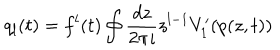
LaTeX: q _ { l } ( t ) = f ^ { l } ( t ) \oint \frac { d z } { 2 \pi \imath } z ^ { l - 1 } V _ { 1 } ^ { \prime } ( p ( z , t ) )